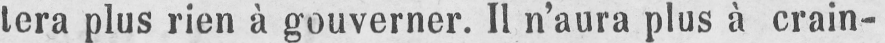
tera plus rien à gouverner. Il n’aura plus à crain-